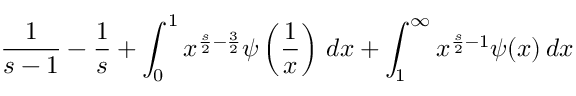
{ \frac { 1 } { s - 1 } } - { \frac { 1 } { s } } + \int _ { 0 } ^ { 1 } x ^ { { \frac { s } { 2 } } - { \frac { 3 } { 2 } } } \psi \left( { \frac { 1 } { x } } \right) \, d x + \int _ { 1 } ^ { \infty } x ^ { { \frac { s } { 2 } } - 1 } \psi ( x ) \, d x